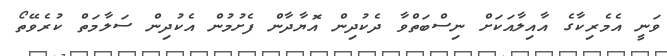
ވަނީ އެމެރިކާގެ އާއިލާއަކަށް ނިސްބަތްވާ ދެކުދިން އޮޔާދާން ފެށުމުން އެކުދިން ސަލާމަތް ކުރެވޭތޯ